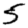
Digit: 5